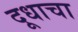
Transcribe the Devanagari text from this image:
दूधाचा